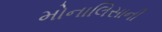
મોનાલિસાની